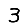
Digit: 3